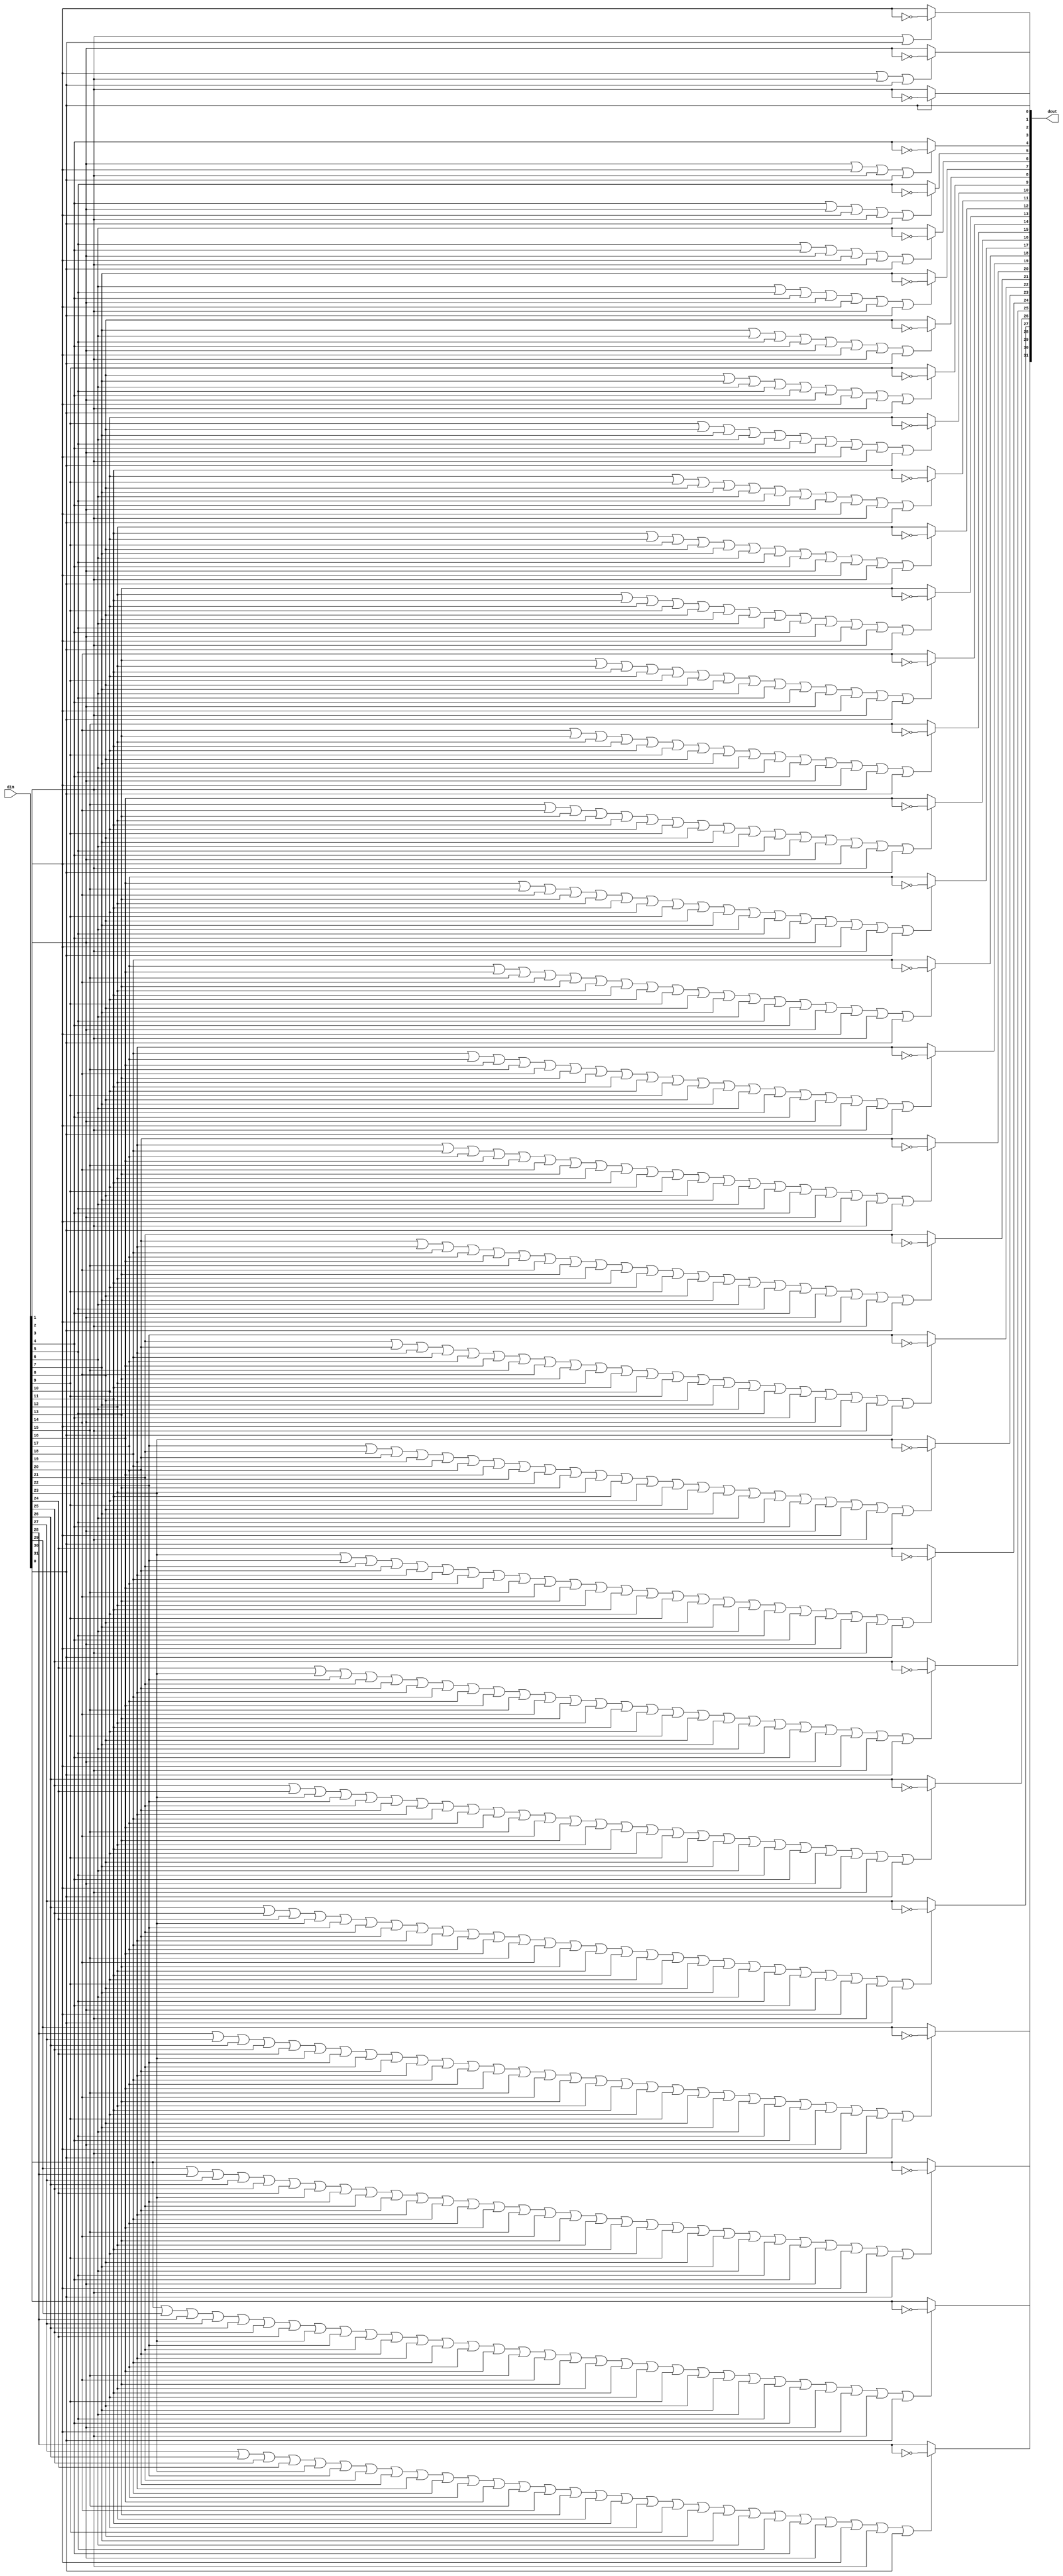
module rvtwoscomp_WIDTH32
(
  din,
  dout
);

  input [31:0] din;
  output [31:0] dout;
  wire [31:0] dout;
  wire N0,N1,N2,N3,N4,N5,N6,N7,N8,N9,N10,N11,N12,N13,N14,N15,N16,N17,N18,N19,N20,N21,
  N22,N23,N24,N25,N26,N27,N28,N29,N30,N31,N32,N33,N34,N35,N36,N37,N38,N39,N40,N41,
  N42,N43,N44,N45,N46,N47,N48,N49,N50,N51,N52,N53,N54,N55,N56,N57,N58,N59,N60,N61,
  N62,N63,N64,N65,N66,N67,N68,N69,N70,N71,N72,N73,N74,N75,N76,N77,N78,N79,N80,N81,
  N82,N83,N84,N85,N86,N87,N88,N89,N90,N91,N92,N93,N94,N95,N96,N97,N98,N99,N100,N101,
  N102,N103,N104,N105,N106,N107,N108,N109,N110,N111,N112,N113,N114,N115,N116,N117,
  N118,N119,N120,N121,N122,N123,N124,N125,N126,N127,N128,N129,N130,N131,N132,N133,
  N134,N135,N136,N137,N138,N139,N140,N141,N142,N143,N144,N145,N146,N147,N148,N149,
  N150,N151,N152,N153,N154,N155,N156,N157,N158,N159,N160,N161,N162,N163,N164,N165,
  N166,N167,N168,N169,N170,N171,N172,N173,N174,N175,N176,N177,N178,N179,N180,N181,
  N182,N183,N184,N185,N186,N187,N188,N189,N190,N191,N192,N193,N194,N195,N196,N197,
  N198,N199,N200,N201,N202,N203,N204,N205,N206,N207,N208,N209,N210,N211,N212,N213,
  N214,N215,N216,N217,N218,N219,N220,N221,N222,N223,N224,N225,N226,N227,N228,N229,
  N230,N231,N232,N233,N234,N235,N236,N237,N238,N239,N240,N241,N242,N243,N244,N245,
  N246,N247,N248,N249,N250,N251,N252,N253,N254,N255,N256,N257,N258,N259,N260,N261,
  N262,N263,N264,N265,N266,N267,N268,N269,N270,N271,N272,N273,N274,N275,N276,N277,
  N278,N279,N280,N281,N282,N283,N284,N285,N286,N287,N288,N289,N290,N291,N292,N293,
  N294,N295,N296,N297,N298,N299,N300,N301,N302,N303,N304,N305,N306,N307,N308,N309,
  N310,N311,N312,N313,N314,N315,N316,N317,N318,N319,N320,N321,N322,N323,N324,N325,
  N326,N327,N328,N329,N330,N331,N332,N333,N334,N335,N336,N337,N338,N339,N340,N341,
  N342,N343,N344,N345,N346,N347,N348,N349,N350,N351,N352,N353,N354,N355,N356,N357,
  N358,N359,N360,N361,N362,N363,N364,N365,N366,N367,N368,N369,N370,N371,N372,N373,
  N374,N375,N376,N377,N378,N379,N380,N381,N382,N383,N384,N385,N386,N387,N388,N389,
  N390,N391,N392,N393,N394,N395,N396,N397,N398,N399,N400,N401,N402,N403,N404,N405,
  N406,N407,N408,N409,N410,N411,N412,N413,N414,N415,N416,N417,N418,N419,N420,N421,
  N422,N423,N424,N425,N426,N427,N428,N429,N430,N431,N432,N433,N434,N435,N436,N437,
  N438,N439,N440,N441,N442,N443,N444,N445,N446,N447,N448,N449,N450,N451,N452,N453,
  N454,N455,N456,N457,N458,N459,N460,N461,N462,N463,N464,N465,N466,N467,N468,N469,
  N470,N471,N472,N473,N474,N475,N476,N477,N478,N479,N480,N481,N482,N483,N484,N485,
  N486,N487,N488,N489,N490,N491,N492,N493,N494,N495,N496,N497,N498,N499,N500,N501,
  N502,N503,N504,N505,N506,N507,N508,N509,N510,N511,N512,N513,N514,N515,N516,N517,
  N518,N519,N520,N521,N522,N523,N524,N525,N526,N527,N528,N529,N530,N531,N532,N533,
  N534,N535,N536,N537,N538,N539,N540,N541,N542,N543,N544,N545,N546,N547,N548,N549,
  N550,N551,N552,N553,N554,N555,N556,N557;
  assign dout[0] = din[0];
  assign dout[1] = (N0)? N32 :
                   (N31)? din[1] : 1'b0;
  assign N0 = din[0];
  assign dout[2] = (N1)? N35 :
                   (N34)? din[2] : 1'b0;
  assign N1 = N33;
  assign dout[3] = (N2)? N38 :
                   (N37)? din[3] : 1'b0;
  assign N2 = N36;
  assign dout[4] = (N3)? N41 :
                   (N40)? din[4] : 1'b0;
  assign N3 = N39;
  assign dout[5] = (N4)? N44 :
                   (N43)? din[5] : 1'b0;
  assign N4 = N42;
  assign dout[6] = (N5)? N47 :
                   (N46)? din[6] : 1'b0;
  assign N5 = N45;
  assign dout[7] = (N6)? N50 :
                   (N49)? din[7] : 1'b0;
  assign N6 = N48;
  assign dout[8] = (N7)? N53 :
                   (N52)? din[8] : 1'b0;
  assign N7 = N51;
  assign dout[9] = (N8)? N56 :
                   (N55)? din[9] : 1'b0;
  assign N8 = N54;
  assign dout[10] = (N9)? N59 :
                    (N58)? din[10] : 1'b0;
  assign N9 = N57;
  assign dout[11] = (N10)? N62 :
                    (N61)? din[11] : 1'b0;
  assign N10 = N60;
  assign dout[12] = (N11)? N65 :
                    (N64)? din[12] : 1'b0;
  assign N11 = N63;
  assign dout[13] = (N12)? N68 :
                    (N67)? din[13] : 1'b0;
  assign N12 = N66;
  assign dout[14] = (N13)? N71 :
                    (N70)? din[14] : 1'b0;
  assign N13 = N69;
  assign dout[15] = (N14)? N74 :
                    (N73)? din[15] : 1'b0;
  assign N14 = N72;
  assign dout[16] = (N15)? N77 :
                    (N76)? din[16] : 1'b0;
  assign N15 = N75;
  assign dout[17] = (N16)? N80 :
                    (N79)? din[17] : 1'b0;
  assign N16 = N78;
  assign dout[18] = (N17)? N83 :
                    (N82)? din[18] : 1'b0;
  assign N17 = N81;
  assign dout[19] = (N18)? N86 :
                    (N85)? din[19] : 1'b0;
  assign N18 = N84;
  assign dout[20] = (N19)? N89 :
                    (N88)? din[20] : 1'b0;
  assign N19 = N87;
  assign dout[21] = (N20)? N92 :
                    (N91)? din[21] : 1'b0;
  assign N20 = N90;
  assign dout[22] = (N21)? N95 :
                    (N94)? din[22] : 1'b0;
  assign N21 = N93;
  assign dout[23] = (N22)? N98 :
                    (N97)? din[23] : 1'b0;
  assign N22 = N96;
  assign dout[24] = (N23)? N101 :
                    (N100)? din[24] : 1'b0;
  assign N23 = N99;
  assign dout[25] = (N24)? N104 :
                    (N103)? din[25] : 1'b0;
  assign N24 = N102;
  assign dout[26] = (N25)? N107 :
                    (N106)? din[26] : 1'b0;
  assign N25 = N105;
  assign dout[27] = (N26)? N110 :
                    (N109)? din[27] : 1'b0;
  assign N26 = N108;
  assign dout[28] = (N27)? N113 :
                    (N112)? din[28] : 1'b0;
  assign N27 = N111;
  assign dout[29] = (N28)? N116 :
                    (N115)? din[29] : 1'b0;
  assign N28 = N114;
  assign dout[30] = (N29)? N119 :
                    (N118)? din[30] : 1'b0;
  assign N29 = N117;
  assign dout[31] = (N30)? N122 :
                    (N121)? din[31] : 1'b0;
  assign N30 = N120;
  assign N31 = ~din[0];
  assign N32 = ~din[1];
  assign N33 = din[1] | din[0];
  assign N34 = ~N33;
  assign N35 = ~din[2];
  assign N36 = N123 | din[0];
  assign N123 = din[2] | din[1];
  assign N37 = ~N36;
  assign N38 = ~din[3];
  assign N39 = N125 | din[0];
  assign N125 = N124 | din[1];
  assign N124 = din[3] | din[2];
  assign N40 = ~N39;
  assign N41 = ~din[4];
  assign N42 = N128 | din[0];
  assign N128 = N127 | din[1];
  assign N127 = N126 | din[2];
  assign N126 = din[4] | din[3];
  assign N43 = ~N42;
  assign N44 = ~din[5];
  assign N45 = N132 | din[0];
  assign N132 = N131 | din[1];
  assign N131 = N130 | din[2];
  assign N130 = N129 | din[3];
  assign N129 = din[5] | din[4];
  assign N46 = ~N45;
  assign N47 = ~din[6];
  assign N48 = N137 | din[0];
  assign N137 = N136 | din[1];
  assign N136 = N135 | din[2];
  assign N135 = N134 | din[3];
  assign N134 = N133 | din[4];
  assign N133 = din[6] | din[5];
  assign N49 = ~N48;
  assign N50 = ~din[7];
  assign N51 = N143 | din[0];
  assign N143 = N142 | din[1];
  assign N142 = N141 | din[2];
  assign N141 = N140 | din[3];
  assign N140 = N139 | din[4];
  assign N139 = N138 | din[5];
  assign N138 = din[7] | din[6];
  assign N52 = ~N51;
  assign N53 = ~din[8];
  assign N54 = N150 | din[0];
  assign N150 = N149 | din[1];
  assign N149 = N148 | din[2];
  assign N148 = N147 | din[3];
  assign N147 = N146 | din[4];
  assign N146 = N145 | din[5];
  assign N145 = N144 | din[6];
  assign N144 = din[8] | din[7];
  assign N55 = ~N54;
  assign N56 = ~din[9];
  assign N57 = N158 | din[0];
  assign N158 = N157 | din[1];
  assign N157 = N156 | din[2];
  assign N156 = N155 | din[3];
  assign N155 = N154 | din[4];
  assign N154 = N153 | din[5];
  assign N153 = N152 | din[6];
  assign N152 = N151 | din[7];
  assign N151 = din[9] | din[8];
  assign N58 = ~N57;
  assign N59 = ~din[10];
  assign N60 = N167 | din[0];
  assign N167 = N166 | din[1];
  assign N166 = N165 | din[2];
  assign N165 = N164 | din[3];
  assign N164 = N163 | din[4];
  assign N163 = N162 | din[5];
  assign N162 = N161 | din[6];
  assign N161 = N160 | din[7];
  assign N160 = N159 | din[8];
  assign N159 = din[10] | din[9];
  assign N61 = ~N60;
  assign N62 = ~din[11];
  assign N63 = N177 | din[0];
  assign N177 = N176 | din[1];
  assign N176 = N175 | din[2];
  assign N175 = N174 | din[3];
  assign N174 = N173 | din[4];
  assign N173 = N172 | din[5];
  assign N172 = N171 | din[6];
  assign N171 = N170 | din[7];
  assign N170 = N169 | din[8];
  assign N169 = N168 | din[9];
  assign N168 = din[11] | din[10];
  assign N64 = ~N63;
  assign N65 = ~din[12];
  assign N66 = N188 | din[0];
  assign N188 = N187 | din[1];
  assign N187 = N186 | din[2];
  assign N186 = N185 | din[3];
  assign N185 = N184 | din[4];
  assign N184 = N183 | din[5];
  assign N183 = N182 | din[6];
  assign N182 = N181 | din[7];
  assign N181 = N180 | din[8];
  assign N180 = N179 | din[9];
  assign N179 = N178 | din[10];
  assign N178 = din[12] | din[11];
  assign N67 = ~N66;
  assign N68 = ~din[13];
  assign N69 = N200 | din[0];
  assign N200 = N199 | din[1];
  assign N199 = N198 | din[2];
  assign N198 = N197 | din[3];
  assign N197 = N196 | din[4];
  assign N196 = N195 | din[5];
  assign N195 = N194 | din[6];
  assign N194 = N193 | din[7];
  assign N193 = N192 | din[8];
  assign N192 = N191 | din[9];
  assign N191 = N190 | din[10];
  assign N190 = N189 | din[11];
  assign N189 = din[13] | din[12];
  assign N70 = ~N69;
  assign N71 = ~din[14];
  assign N72 = N213 | din[0];
  assign N213 = N212 | din[1];
  assign N212 = N211 | din[2];
  assign N211 = N210 | din[3];
  assign N210 = N209 | din[4];
  assign N209 = N208 | din[5];
  assign N208 = N207 | din[6];
  assign N207 = N206 | din[7];
  assign N206 = N205 | din[8];
  assign N205 = N204 | din[9];
  assign N204 = N203 | din[10];
  assign N203 = N202 | din[11];
  assign N202 = N201 | din[12];
  assign N201 = din[14] | din[13];
  assign N73 = ~N72;
  assign N74 = ~din[15];
  assign N75 = N227 | din[0];
  assign N227 = N226 | din[1];
  assign N226 = N225 | din[2];
  assign N225 = N224 | din[3];
  assign N224 = N223 | din[4];
  assign N223 = N222 | din[5];
  assign N222 = N221 | din[6];
  assign N221 = N220 | din[7];
  assign N220 = N219 | din[8];
  assign N219 = N218 | din[9];
  assign N218 = N217 | din[10];
  assign N217 = N216 | din[11];
  assign N216 = N215 | din[12];
  assign N215 = N214 | din[13];
  assign N214 = din[15] | din[14];
  assign N76 = ~N75;
  assign N77 = ~din[16];
  assign N78 = N242 | din[0];
  assign N242 = N241 | din[1];
  assign N241 = N240 | din[2];
  assign N240 = N239 | din[3];
  assign N239 = N238 | din[4];
  assign N238 = N237 | din[5];
  assign N237 = N236 | din[6];
  assign N236 = N235 | din[7];
  assign N235 = N234 | din[8];
  assign N234 = N233 | din[9];
  assign N233 = N232 | din[10];
  assign N232 = N231 | din[11];
  assign N231 = N230 | din[12];
  assign N230 = N229 | din[13];
  assign N229 = N228 | din[14];
  assign N228 = din[16] | din[15];
  assign N79 = ~N78;
  assign N80 = ~din[17];
  assign N81 = N258 | din[0];
  assign N258 = N257 | din[1];
  assign N257 = N256 | din[2];
  assign N256 = N255 | din[3];
  assign N255 = N254 | din[4];
  assign N254 = N253 | din[5];
  assign N253 = N252 | din[6];
  assign N252 = N251 | din[7];
  assign N251 = N250 | din[8];
  assign N250 = N249 | din[9];
  assign N249 = N248 | din[10];
  assign N248 = N247 | din[11];
  assign N247 = N246 | din[12];
  assign N246 = N245 | din[13];
  assign N245 = N244 | din[14];
  assign N244 = N243 | din[15];
  assign N243 = din[17] | din[16];
  assign N82 = ~N81;
  assign N83 = ~din[18];
  assign N84 = N275 | din[0];
  assign N275 = N274 | din[1];
  assign N274 = N273 | din[2];
  assign N273 = N272 | din[3];
  assign N272 = N271 | din[4];
  assign N271 = N270 | din[5];
  assign N270 = N269 | din[6];
  assign N269 = N268 | din[7];
  assign N268 = N267 | din[8];
  assign N267 = N266 | din[9];
  assign N266 = N265 | din[10];
  assign N265 = N264 | din[11];
  assign N264 = N263 | din[12];
  assign N263 = N262 | din[13];
  assign N262 = N261 | din[14];
  assign N261 = N260 | din[15];
  assign N260 = N259 | din[16];
  assign N259 = din[18] | din[17];
  assign N85 = ~N84;
  assign N86 = ~din[19];
  assign N87 = N293 | din[0];
  assign N293 = N292 | din[1];
  assign N292 = N291 | din[2];
  assign N291 = N290 | din[3];
  assign N290 = N289 | din[4];
  assign N289 = N288 | din[5];
  assign N288 = N287 | din[6];
  assign N287 = N286 | din[7];
  assign N286 = N285 | din[8];
  assign N285 = N284 | din[9];
  assign N284 = N283 | din[10];
  assign N283 = N282 | din[11];
  assign N282 = N281 | din[12];
  assign N281 = N280 | din[13];
  assign N280 = N279 | din[14];
  assign N279 = N278 | din[15];
  assign N278 = N277 | din[16];
  assign N277 = N276 | din[17];
  assign N276 = din[19] | din[18];
  assign N88 = ~N87;
  assign N89 = ~din[20];
  assign N90 = N312 | din[0];
  assign N312 = N311 | din[1];
  assign N311 = N310 | din[2];
  assign N310 = N309 | din[3];
  assign N309 = N308 | din[4];
  assign N308 = N307 | din[5];
  assign N307 = N306 | din[6];
  assign N306 = N305 | din[7];
  assign N305 = N304 | din[8];
  assign N304 = N303 | din[9];
  assign N303 = N302 | din[10];
  assign N302 = N301 | din[11];
  assign N301 = N300 | din[12];
  assign N300 = N299 | din[13];
  assign N299 = N298 | din[14];
  assign N298 = N297 | din[15];
  assign N297 = N296 | din[16];
  assign N296 = N295 | din[17];
  assign N295 = N294 | din[18];
  assign N294 = din[20] | din[19];
  assign N91 = ~N90;
  assign N92 = ~din[21];
  assign N93 = N332 | din[0];
  assign N332 = N331 | din[1];
  assign N331 = N330 | din[2];
  assign N330 = N329 | din[3];
  assign N329 = N328 | din[4];
  assign N328 = N327 | din[5];
  assign N327 = N326 | din[6];
  assign N326 = N325 | din[7];
  assign N325 = N324 | din[8];
  assign N324 = N323 | din[9];
  assign N323 = N322 | din[10];
  assign N322 = N321 | din[11];
  assign N321 = N320 | din[12];
  assign N320 = N319 | din[13];
  assign N319 = N318 | din[14];
  assign N318 = N317 | din[15];
  assign N317 = N316 | din[16];
  assign N316 = N315 | din[17];
  assign N315 = N314 | din[18];
  assign N314 = N313 | din[19];
  assign N313 = din[21] | din[20];
  assign N94 = ~N93;
  assign N95 = ~din[22];
  assign N96 = N353 | din[0];
  assign N353 = N352 | din[1];
  assign N352 = N351 | din[2];
  assign N351 = N350 | din[3];
  assign N350 = N349 | din[4];
  assign N349 = N348 | din[5];
  assign N348 = N347 | din[6];
  assign N347 = N346 | din[7];
  assign N346 = N345 | din[8];
  assign N345 = N344 | din[9];
  assign N344 = N343 | din[10];
  assign N343 = N342 | din[11];
  assign N342 = N341 | din[12];
  assign N341 = N340 | din[13];
  assign N340 = N339 | din[14];
  assign N339 = N338 | din[15];
  assign N338 = N337 | din[16];
  assign N337 = N336 | din[17];
  assign N336 = N335 | din[18];
  assign N335 = N334 | din[19];
  assign N334 = N333 | din[20];
  assign N333 = din[22] | din[21];
  assign N97 = ~N96;
  assign N98 = ~din[23];
  assign N99 = N375 | din[0];
  assign N375 = N374 | din[1];
  assign N374 = N373 | din[2];
  assign N373 = N372 | din[3];
  assign N372 = N371 | din[4];
  assign N371 = N370 | din[5];
  assign N370 = N369 | din[6];
  assign N369 = N368 | din[7];
  assign N368 = N367 | din[8];
  assign N367 = N366 | din[9];
  assign N366 = N365 | din[10];
  assign N365 = N364 | din[11];
  assign N364 = N363 | din[12];
  assign N363 = N362 | din[13];
  assign N362 = N361 | din[14];
  assign N361 = N360 | din[15];
  assign N360 = N359 | din[16];
  assign N359 = N358 | din[17];
  assign N358 = N357 | din[18];
  assign N357 = N356 | din[19];
  assign N356 = N355 | din[20];
  assign N355 = N354 | din[21];
  assign N354 = din[23] | din[22];
  assign N100 = ~N99;
  assign N101 = ~din[24];
  assign N102 = N398 | din[0];
  assign N398 = N397 | din[1];
  assign N397 = N396 | din[2];
  assign N396 = N395 | din[3];
  assign N395 = N394 | din[4];
  assign N394 = N393 | din[5];
  assign N393 = N392 | din[6];
  assign N392 = N391 | din[7];
  assign N391 = N390 | din[8];
  assign N390 = N389 | din[9];
  assign N389 = N388 | din[10];
  assign N388 = N387 | din[11];
  assign N387 = N386 | din[12];
  assign N386 = N385 | din[13];
  assign N385 = N384 | din[14];
  assign N384 = N383 | din[15];
  assign N383 = N382 | din[16];
  assign N382 = N381 | din[17];
  assign N381 = N380 | din[18];
  assign N380 = N379 | din[19];
  assign N379 = N378 | din[20];
  assign N378 = N377 | din[21];
  assign N377 = N376 | din[22];
  assign N376 = din[24] | din[23];
  assign N103 = ~N102;
  assign N104 = ~din[25];
  assign N105 = N422 | din[0];
  assign N422 = N421 | din[1];
  assign N421 = N420 | din[2];
  assign N420 = N419 | din[3];
  assign N419 = N418 | din[4];
  assign N418 = N417 | din[5];
  assign N417 = N416 | din[6];
  assign N416 = N415 | din[7];
  assign N415 = N414 | din[8];
  assign N414 = N413 | din[9];
  assign N413 = N412 | din[10];
  assign N412 = N411 | din[11];
  assign N411 = N410 | din[12];
  assign N410 = N409 | din[13];
  assign N409 = N408 | din[14];
  assign N408 = N407 | din[15];
  assign N407 = N406 | din[16];
  assign N406 = N405 | din[17];
  assign N405 = N404 | din[18];
  assign N404 = N403 | din[19];
  assign N403 = N402 | din[20];
  assign N402 = N401 | din[21];
  assign N401 = N400 | din[22];
  assign N400 = N399 | din[23];
  assign N399 = din[25] | din[24];
  assign N106 = ~N105;
  assign N107 = ~din[26];
  assign N108 = N447 | din[0];
  assign N447 = N446 | din[1];
  assign N446 = N445 | din[2];
  assign N445 = N444 | din[3];
  assign N444 = N443 | din[4];
  assign N443 = N442 | din[5];
  assign N442 = N441 | din[6];
  assign N441 = N440 | din[7];
  assign N440 = N439 | din[8];
  assign N439 = N438 | din[9];
  assign N438 = N437 | din[10];
  assign N437 = N436 | din[11];
  assign N436 = N435 | din[12];
  assign N435 = N434 | din[13];
  assign N434 = N433 | din[14];
  assign N433 = N432 | din[15];
  assign N432 = N431 | din[16];
  assign N431 = N430 | din[17];
  assign N430 = N429 | din[18];
  assign N429 = N428 | din[19];
  assign N428 = N427 | din[20];
  assign N427 = N426 | din[21];
  assign N426 = N425 | din[22];
  assign N425 = N424 | din[23];
  assign N424 = N423 | din[24];
  assign N423 = din[26] | din[25];
  assign N109 = ~N108;
  assign N110 = ~din[27];
  assign N111 = N473 | din[0];
  assign N473 = N472 | din[1];
  assign N472 = N471 | din[2];
  assign N471 = N470 | din[3];
  assign N470 = N469 | din[4];
  assign N469 = N468 | din[5];
  assign N468 = N467 | din[6];
  assign N467 = N466 | din[7];
  assign N466 = N465 | din[8];
  assign N465 = N464 | din[9];
  assign N464 = N463 | din[10];
  assign N463 = N462 | din[11];
  assign N462 = N461 | din[12];
  assign N461 = N460 | din[13];
  assign N460 = N459 | din[14];
  assign N459 = N458 | din[15];
  assign N458 = N457 | din[16];
  assign N457 = N456 | din[17];
  assign N456 = N455 | din[18];
  assign N455 = N454 | din[19];
  assign N454 = N453 | din[20];
  assign N453 = N452 | din[21];
  assign N452 = N451 | din[22];
  assign N451 = N450 | din[23];
  assign N450 = N449 | din[24];
  assign N449 = N448 | din[25];
  assign N448 = din[27] | din[26];
  assign N112 = ~N111;
  assign N113 = ~din[28];
  assign N114 = N500 | din[0];
  assign N500 = N499 | din[1];
  assign N499 = N498 | din[2];
  assign N498 = N497 | din[3];
  assign N497 = N496 | din[4];
  assign N496 = N495 | din[5];
  assign N495 = N494 | din[6];
  assign N494 = N493 | din[7];
  assign N493 = N492 | din[8];
  assign N492 = N491 | din[9];
  assign N491 = N490 | din[10];
  assign N490 = N489 | din[11];
  assign N489 = N488 | din[12];
  assign N488 = N487 | din[13];
  assign N487 = N486 | din[14];
  assign N486 = N485 | din[15];
  assign N485 = N484 | din[16];
  assign N484 = N483 | din[17];
  assign N483 = N482 | din[18];
  assign N482 = N481 | din[19];
  assign N481 = N480 | din[20];
  assign N480 = N479 | din[21];
  assign N479 = N478 | din[22];
  assign N478 = N477 | din[23];
  assign N477 = N476 | din[24];
  assign N476 = N475 | din[25];
  assign N475 = N474 | din[26];
  assign N474 = din[28] | din[27];
  assign N115 = ~N114;
  assign N116 = ~din[29];
  assign N117 = N528 | din[0];
  assign N528 = N527 | din[1];
  assign N527 = N526 | din[2];
  assign N526 = N525 | din[3];
  assign N525 = N524 | din[4];
  assign N524 = N523 | din[5];
  assign N523 = N522 | din[6];
  assign N522 = N521 | din[7];
  assign N521 = N520 | din[8];
  assign N520 = N519 | din[9];
  assign N519 = N518 | din[10];
  assign N518 = N517 | din[11];
  assign N517 = N516 | din[12];
  assign N516 = N515 | din[13];
  assign N515 = N514 | din[14];
  assign N514 = N513 | din[15];
  assign N513 = N512 | din[16];
  assign N512 = N511 | din[17];
  assign N511 = N510 | din[18];
  assign N510 = N509 | din[19];
  assign N509 = N508 | din[20];
  assign N508 = N507 | din[21];
  assign N507 = N506 | din[22];
  assign N506 = N505 | din[23];
  assign N505 = N504 | din[24];
  assign N504 = N503 | din[25];
  assign N503 = N502 | din[26];
  assign N502 = N501 | din[27];
  assign N501 = din[29] | din[28];
  assign N118 = ~N117;
  assign N119 = ~din[30];
  assign N120 = N557 | din[0];
  assign N557 = N556 | din[1];
  assign N556 = N555 | din[2];
  assign N555 = N554 | din[3];
  assign N554 = N553 | din[4];
  assign N553 = N552 | din[5];
  assign N552 = N551 | din[6];
  assign N551 = N550 | din[7];
  assign N550 = N549 | din[8];
  assign N549 = N548 | din[9];
  assign N548 = N547 | din[10];
  assign N547 = N546 | din[11];
  assign N546 = N545 | din[12];
  assign N545 = N544 | din[13];
  assign N544 = N543 | din[14];
  assign N543 = N542 | din[15];
  assign N542 = N541 | din[16];
  assign N541 = N540 | din[17];
  assign N540 = N539 | din[18];
  assign N539 = N538 | din[19];
  assign N538 = N537 | din[20];
  assign N537 = N536 | din[21];
  assign N536 = N535 | din[22];
  assign N535 = N534 | din[23];
  assign N534 = N533 | din[24];
  assign N533 = N532 | din[25];
  assign N532 = N531 | din[26];
  assign N531 = N530 | din[27];
  assign N530 = N529 | din[28];
  assign N529 = din[30] | din[29];
  assign N121 = ~N120;
  assign N122 = ~din[31];

endmodule